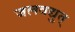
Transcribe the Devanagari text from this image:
जलवद्युत्‌